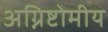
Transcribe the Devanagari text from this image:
अग्निष्टोमीय